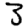
Digit: 3